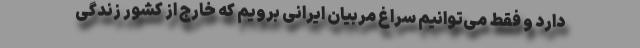
دارد و فقط می‌توانیم سراغ مربیان ایرانی برویم که خارج از کشور زندگی